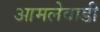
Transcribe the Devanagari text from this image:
आमलेवाडी